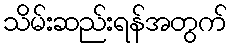
သိမ်းဆည်းရန်အတွက်